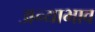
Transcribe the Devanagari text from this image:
अन्याभाव